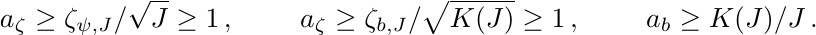
\begin{align*}
 a_\zeta & \geq \zeta_{\psi,J}/\sqrt J \geq 1 \,, &
 a_\zeta & \geq \zeta_{b,J}/\sqrt {K(J)} \geq 1 \,, &
 a_b & \geq K(J)/J   \,.
\end{align*}